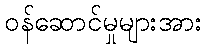
ဝန်ဆောင်မှုများအား